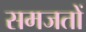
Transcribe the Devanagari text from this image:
समजतों